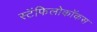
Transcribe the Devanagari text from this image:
स्टॅफिलोकॉकस